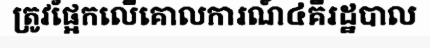
ត្រូវផ្អែកលើគោលការណ៍៤គឺរដ្ឋបាល